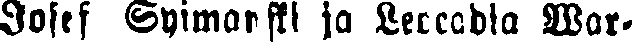
Josef Syimanski ja Leocadia War-